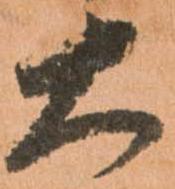
大